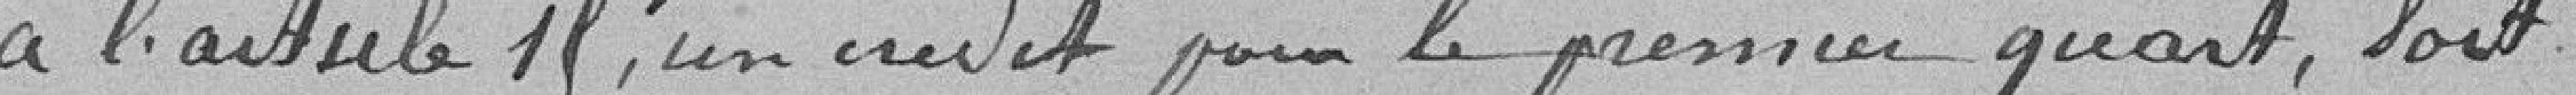
à l'article 1, un crédit pour le premier quart, soit